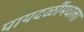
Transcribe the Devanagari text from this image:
पायदळींमधला